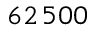
6 2 \, 5 0 0